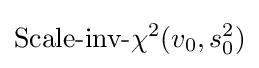
{\text{Scale-inv-}}\chi ^{2}(v_{0},s_{0}^{2})